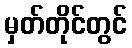
မှတ်တိုင်တွင်